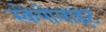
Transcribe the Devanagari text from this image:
स्केपोलाइट